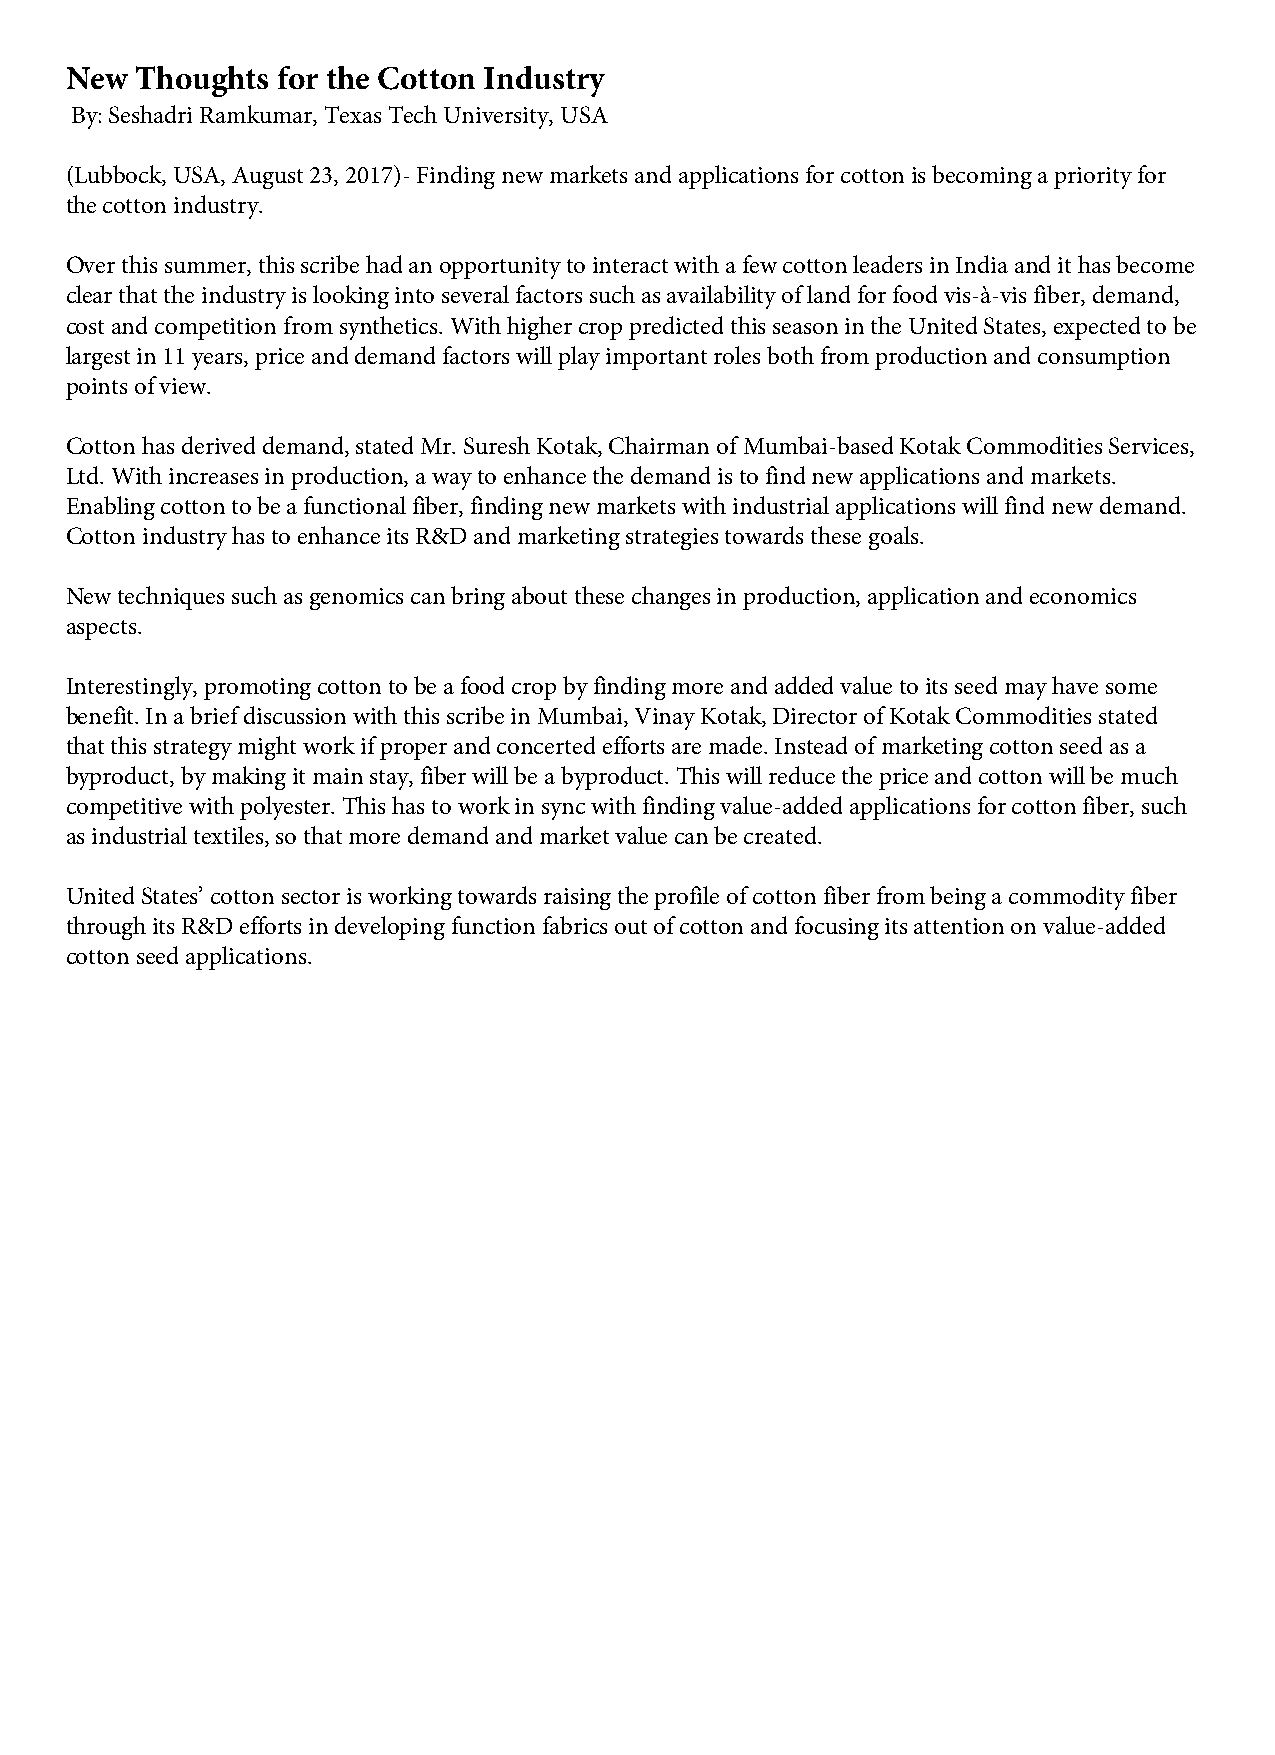
New  Thoughts for the Cotton Industry
 By: Seshadri Ramkumar, Texas Tech University, USA
 (Lubbock, USA, August 23, 2017)- Finding new markets and applications for cotton is becoming a priority for
 the cotton industry.
 Over this summer, this scribe had an opportunity to interact with a few cotton leaders in India and it has become
 clear that the industry is looking into several factors such as availability of land for food vis-à-vis fiber, demand,
 cost and competition from synthetics. With higher crop predicted this season in the United States, expected to be
 largest in 11 years, price and demand factors will play important roles both from production and consumption
 points of view.
 Cotton has derived demand, stated Mr. Suresh Kotak, Chairman of Mumbai-based Kotak Commodities Services,
 Ltd. With increases in production, a way to enhance the demand is to find new applications and markets.
 Enabling cotton to be a functional fiber, finding new markets with industrial applications will find new demand.
 Cotton industry has to enhance its R&D and marketing strategies towards these goals.
 New techniques such as genomics can bring about these changes in production, application and economics
 aspects.
 Interestingly, promoting cotton to be a food crop by finding more and added value to its seed may have some
 benefit. In a brief discussion with this scribe in Mumbai, Vinay Kotak, Director of Kotak Commodities stated
 that this strategy might work if proper and concerted efforts are made. Instead of marketing cotton seed as a
 byproduct, by making it main stay, fiber will be a byproduct. This will reduce the price and cotton will be much
 competitive with polyester. This has to work in sync with finding value-added applications for cotton fiber, such
 as industrial textiles, so that more demand and market value can be created.
 United States’ cotton sector is working towards raising the profile of cotton fiber from being a commodity fiber
 through its R&D efforts in developing function fabrics out of cotton and focusing its attention on value-added
 cotton seed applications.